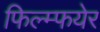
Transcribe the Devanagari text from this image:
फिल्म्फयेर